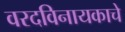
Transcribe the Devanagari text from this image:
वरदविनायकाचे